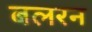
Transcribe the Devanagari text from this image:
बलरन